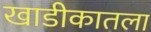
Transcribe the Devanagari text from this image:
खाडीकातला